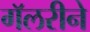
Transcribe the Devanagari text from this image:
गॅलरीने